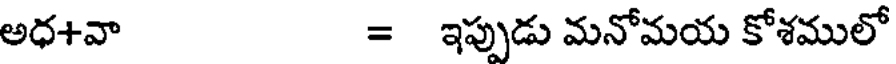
అధ+వా = ఇప్పుడు మనోమయ కోశములో